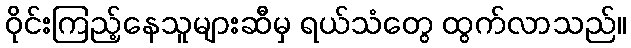
ဝိုင်းကြည့်နေသူများဆီမှ ရယ်သံတွေ ထွက်လာသည်။